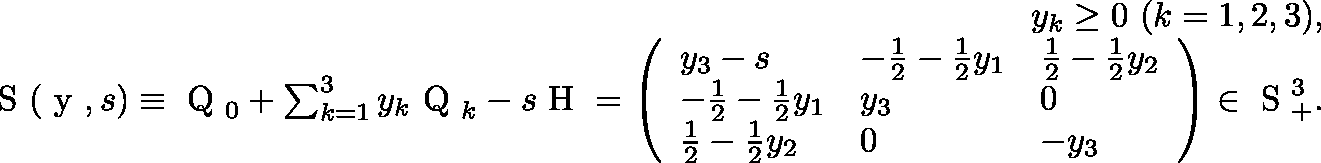
\begin{array} { r l r } & { } & { y _ { k } \geq 0 \ ( k = 1 , 2 , 3 ) , } \\ & { } & { \mathrm { \boldmath ~ S ~ } ( \mathrm { \boldmath ~ y ~ } , s ) \equiv \mathrm { \boldmath ~ Q ~ } _ { 0 } + \sum _ { k = 1 } ^ { 3 } y _ { k } \mathrm { \boldmath ~ Q ~ } _ { k } - s \mathrm { \boldmath ~ H ~ } = \left( \begin{array} { l l l } { y _ { 3 } - s } & { - \frac { 1 } { 2 } - \frac { 1 } { 2 } y _ { 1 } } & { \frac { 1 } { 2 } - \frac { 1 } { 2 } y _ { 2 } } \\ { - \frac { 1 } { 2 } - \frac { 1 } { 2 } y _ { 1 } } & { y _ { 3 } } & { 0 } \\ { \frac { 1 } { 2 } - \frac { 1 } { 2 } y _ { 2 } } & { 0 } & { - y _ { 3 } } \end{array} \right) \in \mathrm { ~ \mathbb { S } ~ } _ { + } ^ { 3 } . } \end{array}